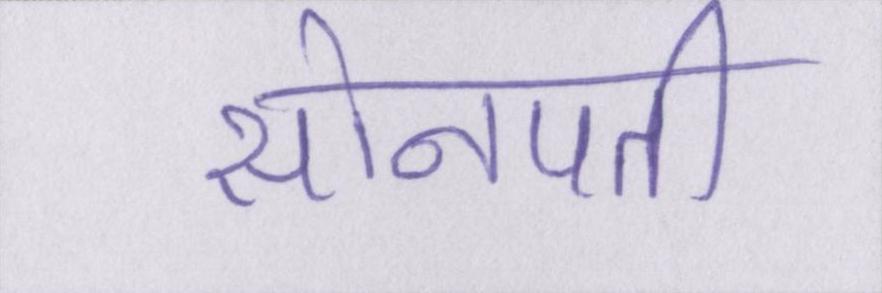
सोनपती